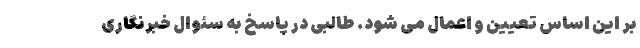
بر این اساس تعیین و اعمال می شود. طالبی در پاسخ به سئوال خبرنگاری